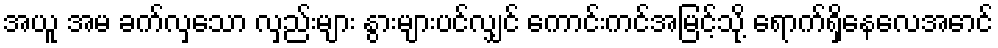
အယူ အမ ခက်လှသော လှည်းများ နွားများပင်လျှင် ကောင်းကင်အမြင့်သို့ ရောက်ရှိနေလေအောင်